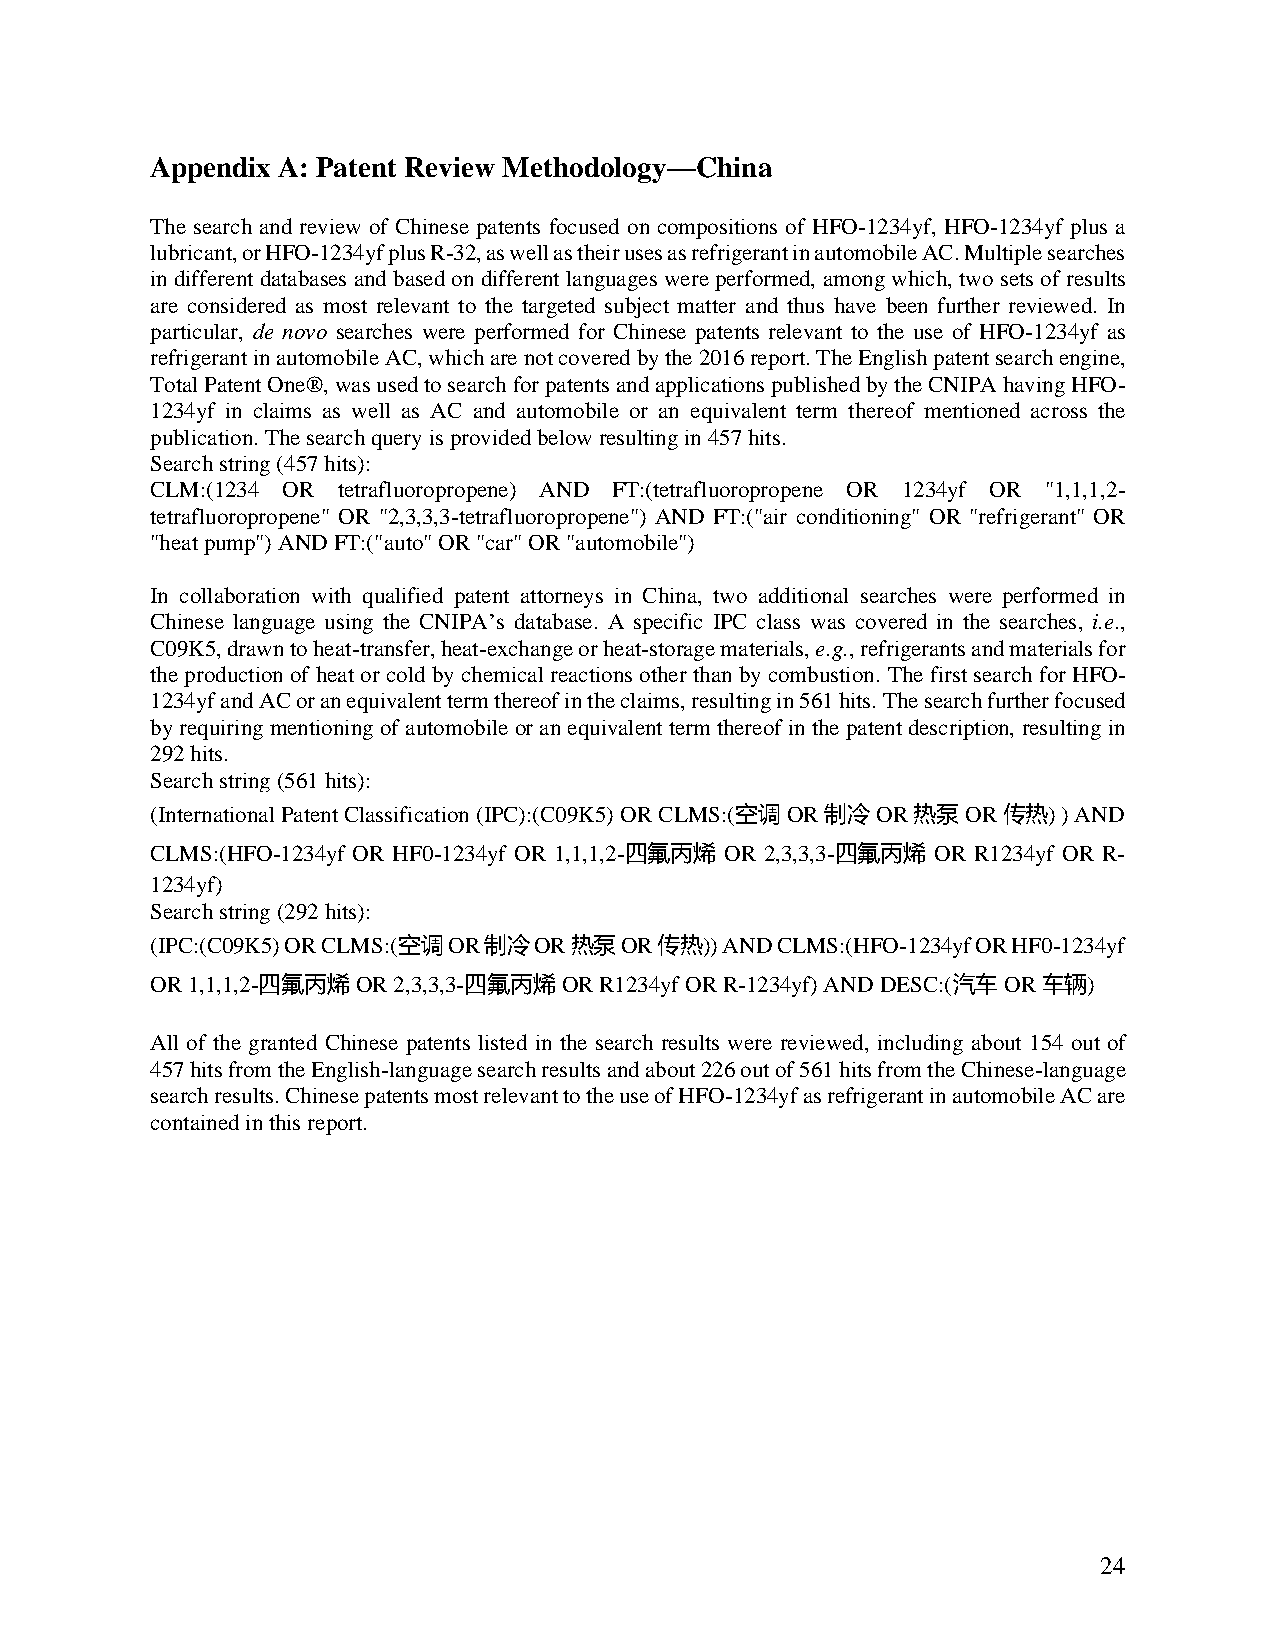
Appendix A: Patent Review Methodology—China
 The search and review of Chinese patents focused on compositions of HFO-1234yf, HFO-1234yf plus a
 lubricant, or HFO-1234yf plus R-32, as well as their uses as refrigerant in automobile AC. Multiple searches
 in different databases and based on different languages were performed, among which, two sets of results
 are considered as most relevant to the targeted subject matter and thus have been further reviewed. In
 particular, de novo searches were performed for Chinese patents relevant to the use of HFO-1234yf as
 refrigerant in automobile AC, which are not covered by the 2016 report. The English patent search engine,
 Total Patent One®, was used to search for patents and applications published by the CNIPA having HFO-
 1234yf in claims as well as AC and automobile or an equivalent term thereof mentioned across the
 publication. The search query is provided below resulting in 457 hits.
 Search string (457 hits):
 CLM:(1234 OR tetrafluoropropene) AND FT:(tetrafluoropropene OR 1234yf OR "1,1,1,2-
 tetrafluoropropene" OR "2,3,3,3-tetrafluoropropene") AND FT:("air conditioning" OR "refrigerant" OR
 "heat pump") AND FT:("auto" OR "car" OR "automobile")
 In collaboration with qualified patent attorneys in China, two additional searches were performed in
 Chinese language using the CNIPA’s database. A specific IPC class was covered in the searches, i.e.,
 C09K5, drawn to heat-transfer, heat-exchange or heat-storage materials, e.g., refrigerants and materials for
 the production of heat or cold by chemical reactions other than by combustion. The first search for HFO-
 1234yf and AC or an equivalent term thereof in the claims, resulting in 561 hits. The search further focused
 by requiring mentioning of automobile or an equivalent term thereof in the patent description, resulting in
 292 hits.
 Search string (561 hits):
 (International Patent Classification (IPC):(C09K5) OR CLMS:(空调 OR 制冷 OR 热泵 OR 传热) ) AND
 CLMS:(HFO-1234yf OR HF0-1234yf OR 1,1,1,2-四氟丙烯 OR 2,3,3,3-四氟丙烯 OR R1234yf OR R-
 1234yf)
 Search string (292 hits):
 (IPC:(C09K5) OR CLMS:(空调 OR 制冷 OR 热泵 OR 传热)) AND CLMS:(HFO-1234yf OR HF0-1234yf
 OR 1,1,1,2-四氟丙烯 OR 2,3,3,3-四氟丙烯 OR R1234yf OR R-1234yf) AND DESC:(汽车 OR 车辆)
 All of the granted Chinese patents listed in the search results were reviewed, including about 154 out of
 457 hits from the English-language search results and about 226 out of 561 hits from the Chinese-language
 search results. Chinese patents most relevant to the use of HFO-1234yf as refrigerant in automobile AC are
 contained in this report.
 24